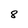
Character: 8